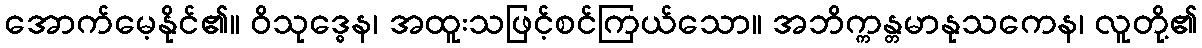
အောက်မေ့နိုင်၏။ ဝိသုဒ္ဓေန၊ အထူးသဖြင့်စင်ကြယ်သော။ အဘိက္ကန္တမာနုသကေန၊ လူတို့၏